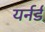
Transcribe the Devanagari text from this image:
यर्नर्ड